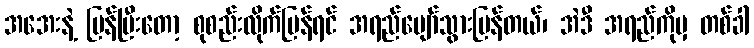
အအေးနဲ့ ပြန်ပြီးတော့ စုစည်းလိုက်ပြန်ရင် အရည်ပျော်သွားပြန်တယ်၊ အဲဒီ အရည်ကိုမှ တစ်ခါ